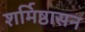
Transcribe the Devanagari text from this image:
शर्मिष्ठासन